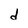
Character: d